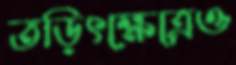
তড়িৎক্ষেত্রেও